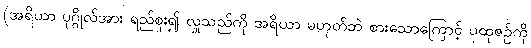
(အရိယာ ပုဂ္ဂိုလ်အား ရည်စူး၍ လှူသည်ကို အရိယာ မဟုတ်ဘဲ စားသောကြောင့် ပုထုဇဉ်ကို